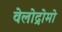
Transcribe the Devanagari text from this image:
वेलोद्रोमो